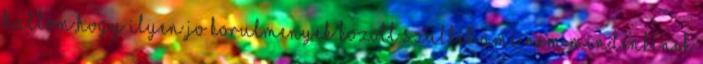
hallom,hogy ilyen jo korulmenyek kozott szultel ami nem mindenkinek